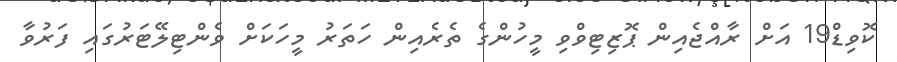
ކޮވިޑް19 އަށް ރާއްޖެއިން ޕޮޒިޓިވްވި މީހުންގެ ތެރެއިން ހަތަރު މީހަކަށް ވެންޓިލޭޓަރުގައި ފަރުވާ